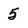
Character: 5